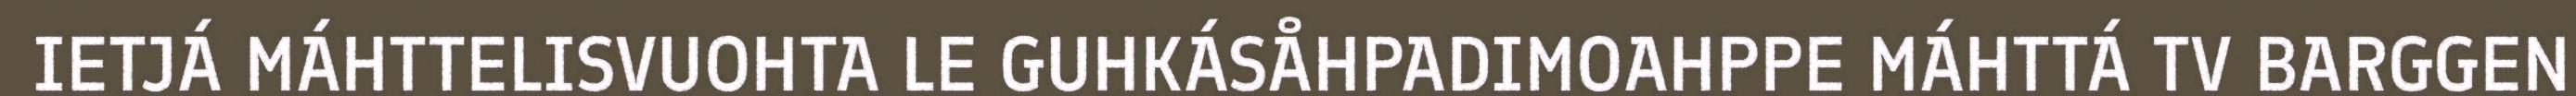
IETJÁ MÁHTTELISVUOHTA LE GUHKÁSÅHPADIMOAHPPE MÁHTTÁ TV BARGGEN